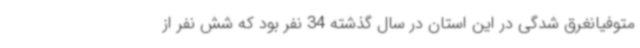
متوفیانغرق شدگی در این استان در سال گذشته 34 نفر بود که شش نفر از